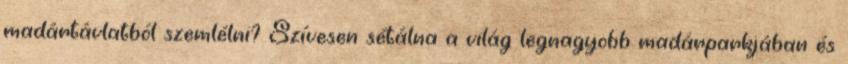
madártávlatból szemlélni? Szívesen sétálna a világ legnagyobb madárparkjában és